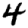
Digit: 4